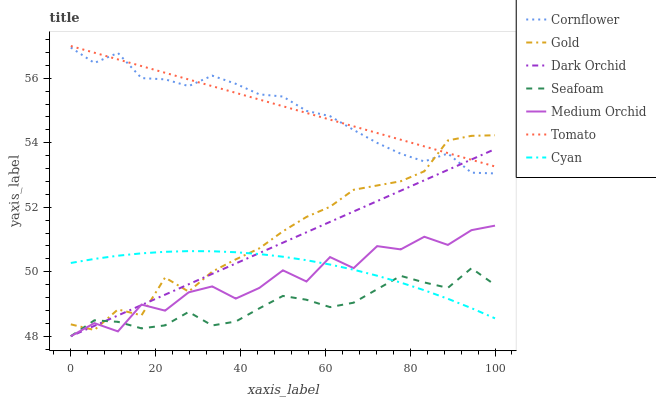
| xaxis_label | Cornflower | Gold | Dark Orchid | Seafoam | Medium Orchid | Tomato | Cyan |
 | --- | --- | --- | --- | --- | --- | --- | --- |
 | 0 | 57 | 48.4 | 48 | 48 | 48 | 57 | 50.3 |
 | 5.56 | 56.5 | 48.2 | 48.3 | 48.5 | 48.4 | 56.8 | 50.4 |
 | 11.1 | 56.8 | 48.8 | 48.6 | 48.4 | 48.2 | 56.6 | 50.5 |
 | 16.7 | 56 | 48.6 | 49 | 48.2 | 49 | 56.4 | 50.6 |
 | 22.2 | 56 | 49.8 | 49.3 | 48.3 | 48.8 | 56.2 | 50.6 |
 | 27.8 | 55.8 | 49.4 | 49.6 | 48.8 | 49.4 | 56 | 50.6 |
 | 33.3 | 56.1 | 50 | 49.9 | 48.3 | 49.5 | 55.8 | 50.6 |
 | 38.9 | 55.8 | 50.4 | 50.3 | 48.5 | 49.2 | 55.5 | 50.6 |
 | 44.4 | 55.5 | 50.7 | 50.6 | 48.9 | 49.5 | 55.3 | 50.5 |
 | 50 | 55.4 | 51.3 | 50.9 | 49.3 | 50 | 55.1 | 50.5 |
 | 55.6 | 55 | 51.7 | 51.2 | 49.1 | 49.7 | 54.9 | 50.4 |
 | 61.1 | 54.8 | 52 | 51.5 | 48.9 | 50.5 | 54.7 | 50.2 |
 | 66.7 | 54.4 | 52.5 | 51.9 | 49 | 50.1 | 54.5 | 50.1 |
 | 72.2 | 54 | 52.7 | 52.2 | 49.5 | 50.8 | 54.3 | 49.9 |
 | 77.8 | 53.7 | 52.8 | 52.5 | 49.9 | 50.7 | 54.1 | 49.7 |
 | 83.3 | 53.4 | 53.1 | 52.8 | 49.7 | 51.1 | 53.9 | 49.4 |
 | 88.9 | 53.7 | 54.1 | 53.2 | 49.5 | 50.8 | 53.7 | 49.2 |
 | 94.4 | 53.1 | 54.2 | 53.5 | 50.1 | 51.3 | 53.5 | 48.9 |
 | 100 | 53 | 54.2 | 53.8 | 49.6 | 51.4 | 53.3 | 48.6 |